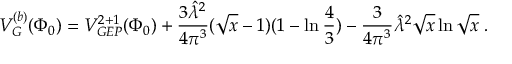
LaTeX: V _ { G } ^ { ( b ) } ( \Phi _ { 0 } ) = V _ { G E P } ^ { 2 + 1 } ( \Phi _ { 0 } ) + \frac { 3 { \hat { \lambda } } ^ { 2 } } { 4 \pi ^ { 3 } } ( \sqrt { x } - 1 ) ( 1 - \ln { \frac { 4 } { 3 } } ) - { \frac { 3 } { 4 \pi ^ { 3 } } } { \hat { \lambda } } ^ { 2 } \sqrt { x } \ln \sqrt { x } \; .